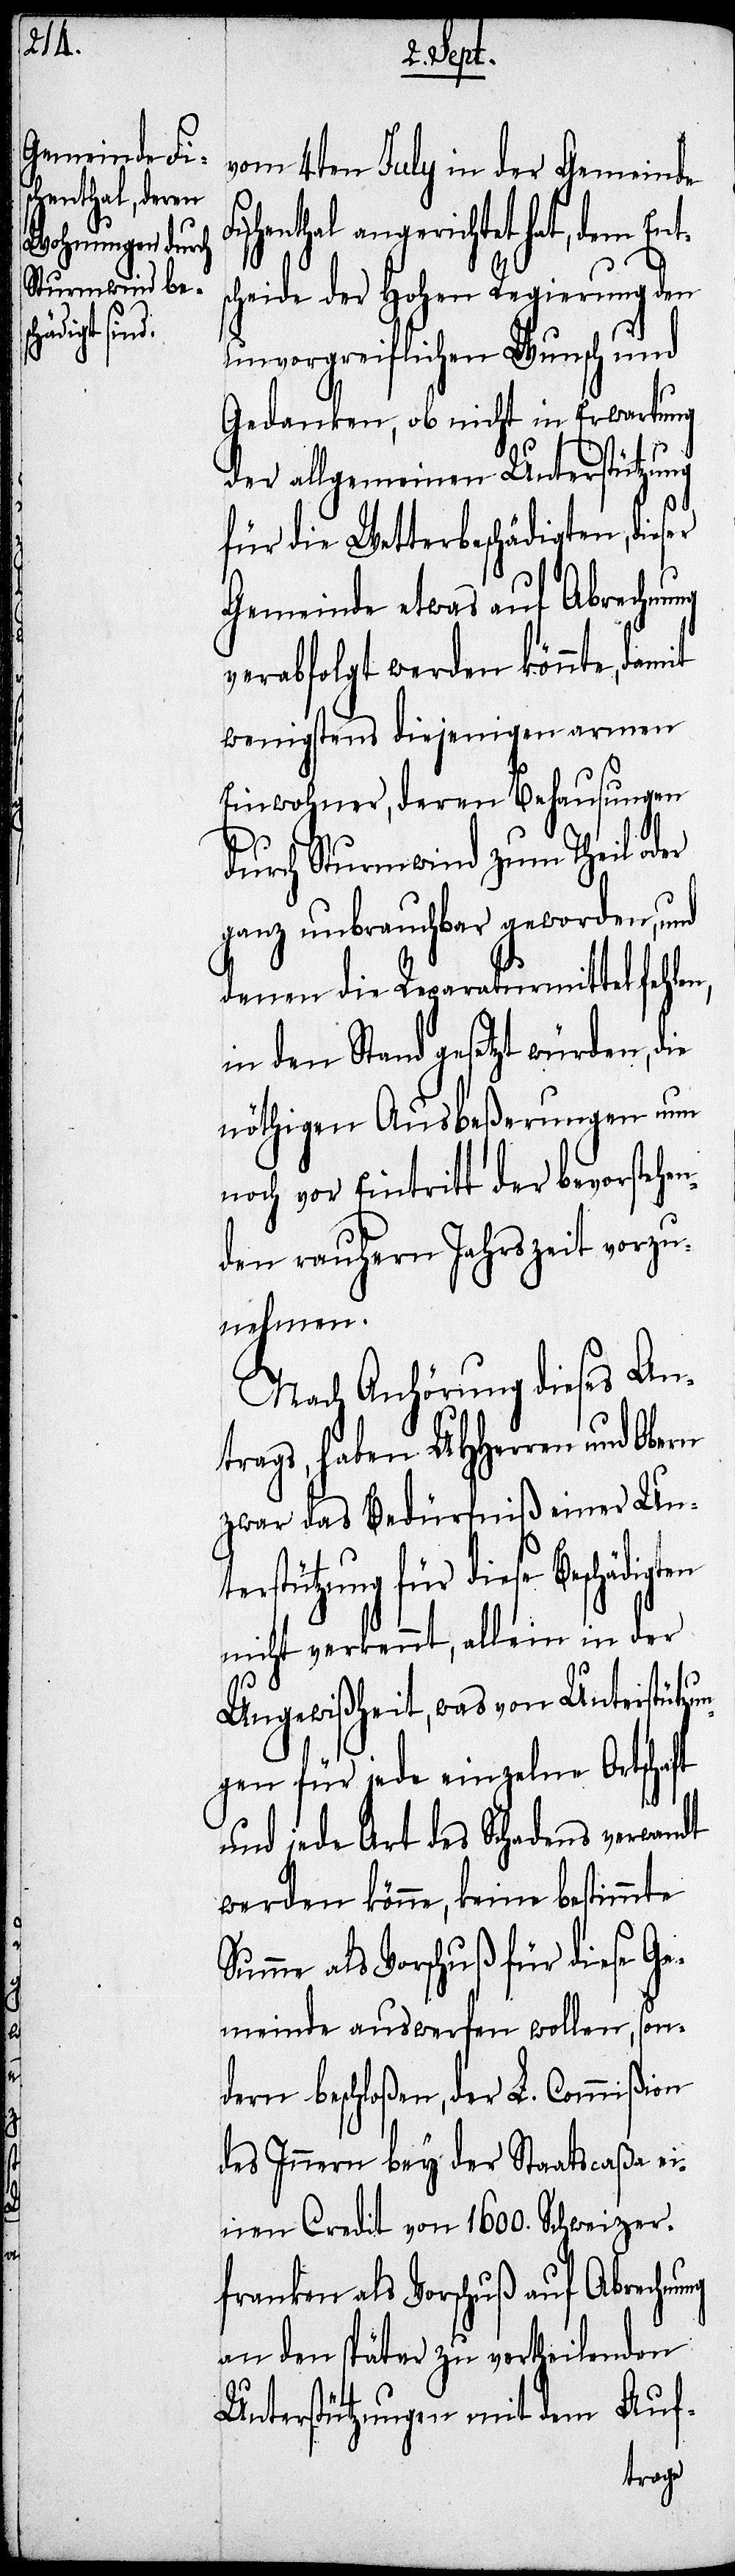
n,

vom 4ten July in der Gemeinde
schenthal angerichtet hat, dem Ent¬
scheide der hohen Regierung den
unvorgreiflichen Wunsch und
Gedanken, ob nicht in Erwartung
der allgemeinen Unterstützung
für die Wetterbeschädigten, dieser
Gemeinde etwas auf Abrechnung
verabfolgt werden könnte, damit
wenigstens diejenigen Armen
Einwohner, deren Behausungen
durch Sturmwind zum Theil oder
ganz unbrauchbar geworden, und
denen die Reparaturmittel fehle¬
in den Stand gesetzt würden,
nöthigen Ausbeßerungen um
noch vor Eintritt der bevorstehen¬
den rauhern Jahreszeit vorzu¬
nehmen.
Nach Anhörung dieses An¬
trags, haben UHHerren und Obern
zwar das Bedürfniß einer Un¬
terstützung für diese Beschädigten
nicht verkennt, allein in der
Ungewißheit, was von Unterstützu¬
ngen für jede einzelne Ortschaft
und jede Art des Schadens verwandt
werden könne, keine bestimmte
Summe als Vorschuß für diese Ge¬
meinde auswerfen wollen, son¬
dern beschloßen, der L. Commißion
des Innern bey der Staatscaßa ei¬
nen Credit von 1600. Schweizer¬
franken als Vorschuß auf Abrechnung
an den später zu vertheilenden
Unterstützungen mit dem Auf-